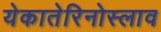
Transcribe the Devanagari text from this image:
येकातेरिनोस्लाव